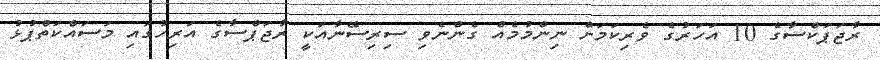
ރާޖަޕަކްސާގެ 10 އަހަރުގެ ވެރިކަމަށް ނިންމުމެއް ގެންނެވި ސިރިސޭނާއަކީ ރާޖަޕްސާގެ އަރިހުގައި މަސައްކަތްޕުޅު